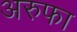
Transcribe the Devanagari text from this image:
अरुफा